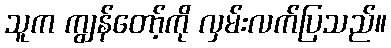
သူက ကျွန်တော့်ကို လှမ်းလက်ပြသည်။